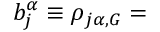
b _ { j } ^ { \alpha } \equiv \rho _ { j \alpha , G } =